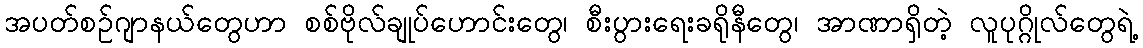
အပတ်စဉ်ဂျာနယ်တွေဟာ စစ်ဗိုလ်ချုပ်ဟောင်းတွေ၊ စီးပွားရေးခရိုနီတွေ၊ အာဏာရှိတဲ့ လူပုဂ္ဂိုလ်တွေရဲ့